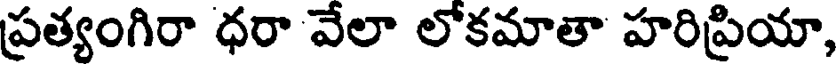
ప్రత్యంగిరా ధరా వేలా లోకమాతా హరిప్రియా,